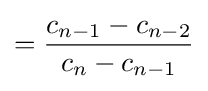
={\dfrac {c_{n-1}-c_{n-2}}{c_{n}-c_{n-1}}}